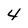
Character: 4